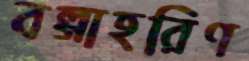
বল্গাহরিণ